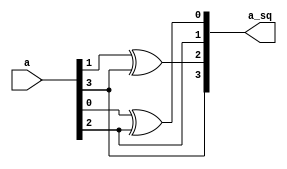
module gf4_sq(
    input [3:0] a,
    output [3:0] a_sq
);
    assign a_sq[3] = a[3];
    assign a_sq[2] = a[1] ^ a[3];
    assign a_sq[1] = a[2];
    assign a_sq[0] = a[0] ^ a[2];
endmodule